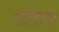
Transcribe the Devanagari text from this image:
स्टैडियो